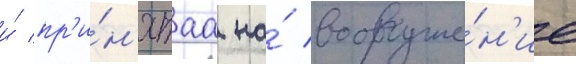
и́ пр'и́н'ятаа на́ вооруже́н'ие